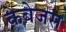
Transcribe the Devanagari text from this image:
केबेजस